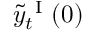
\tilde { y } _ { t } ^ { \mathrm { ~ I ~ } } ( 0 )